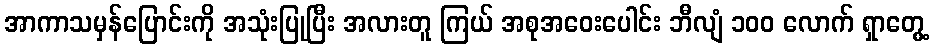
အာကာသမှန်ပြောင်းကို အသုံးပြုပြီး အလားတူ ကြယ် အစုအဝေးပေါင်း ဘီလျံ ၁၀၀ လောက် ရှာတွေ့